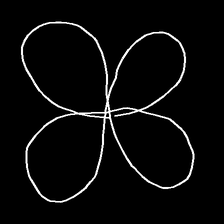
Glyph: billowing